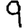
Digit: 9